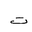
Letter: _ta